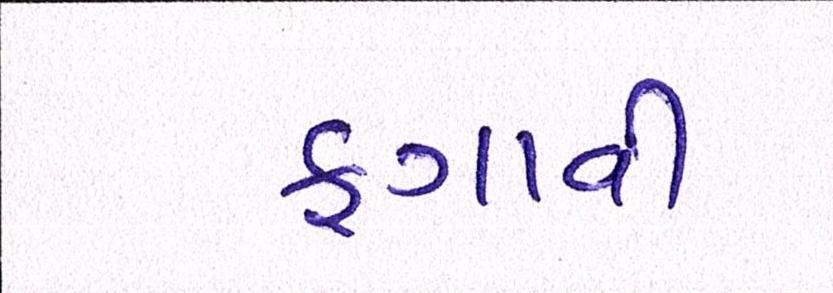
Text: ફગાવી